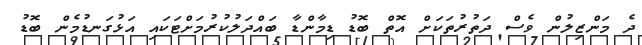
ދެ މަންޒިލުން ވެސް ދަތުރުތަކަށް އޮތް ބޮޑު ޑިމާންޑާ ބައްދަލުކުރުމަށްޓަކައި އަޅުގަނޑުމެން ބޮޑު